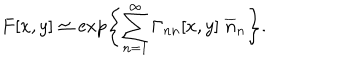
F [ x , y ] \simeq \exp \left\{ \sum _ { n = 1 } ^ { \infty } \Gamma _ { n n } [ x , y ] \; \overline { { { n } } } _ { n } \right\} .